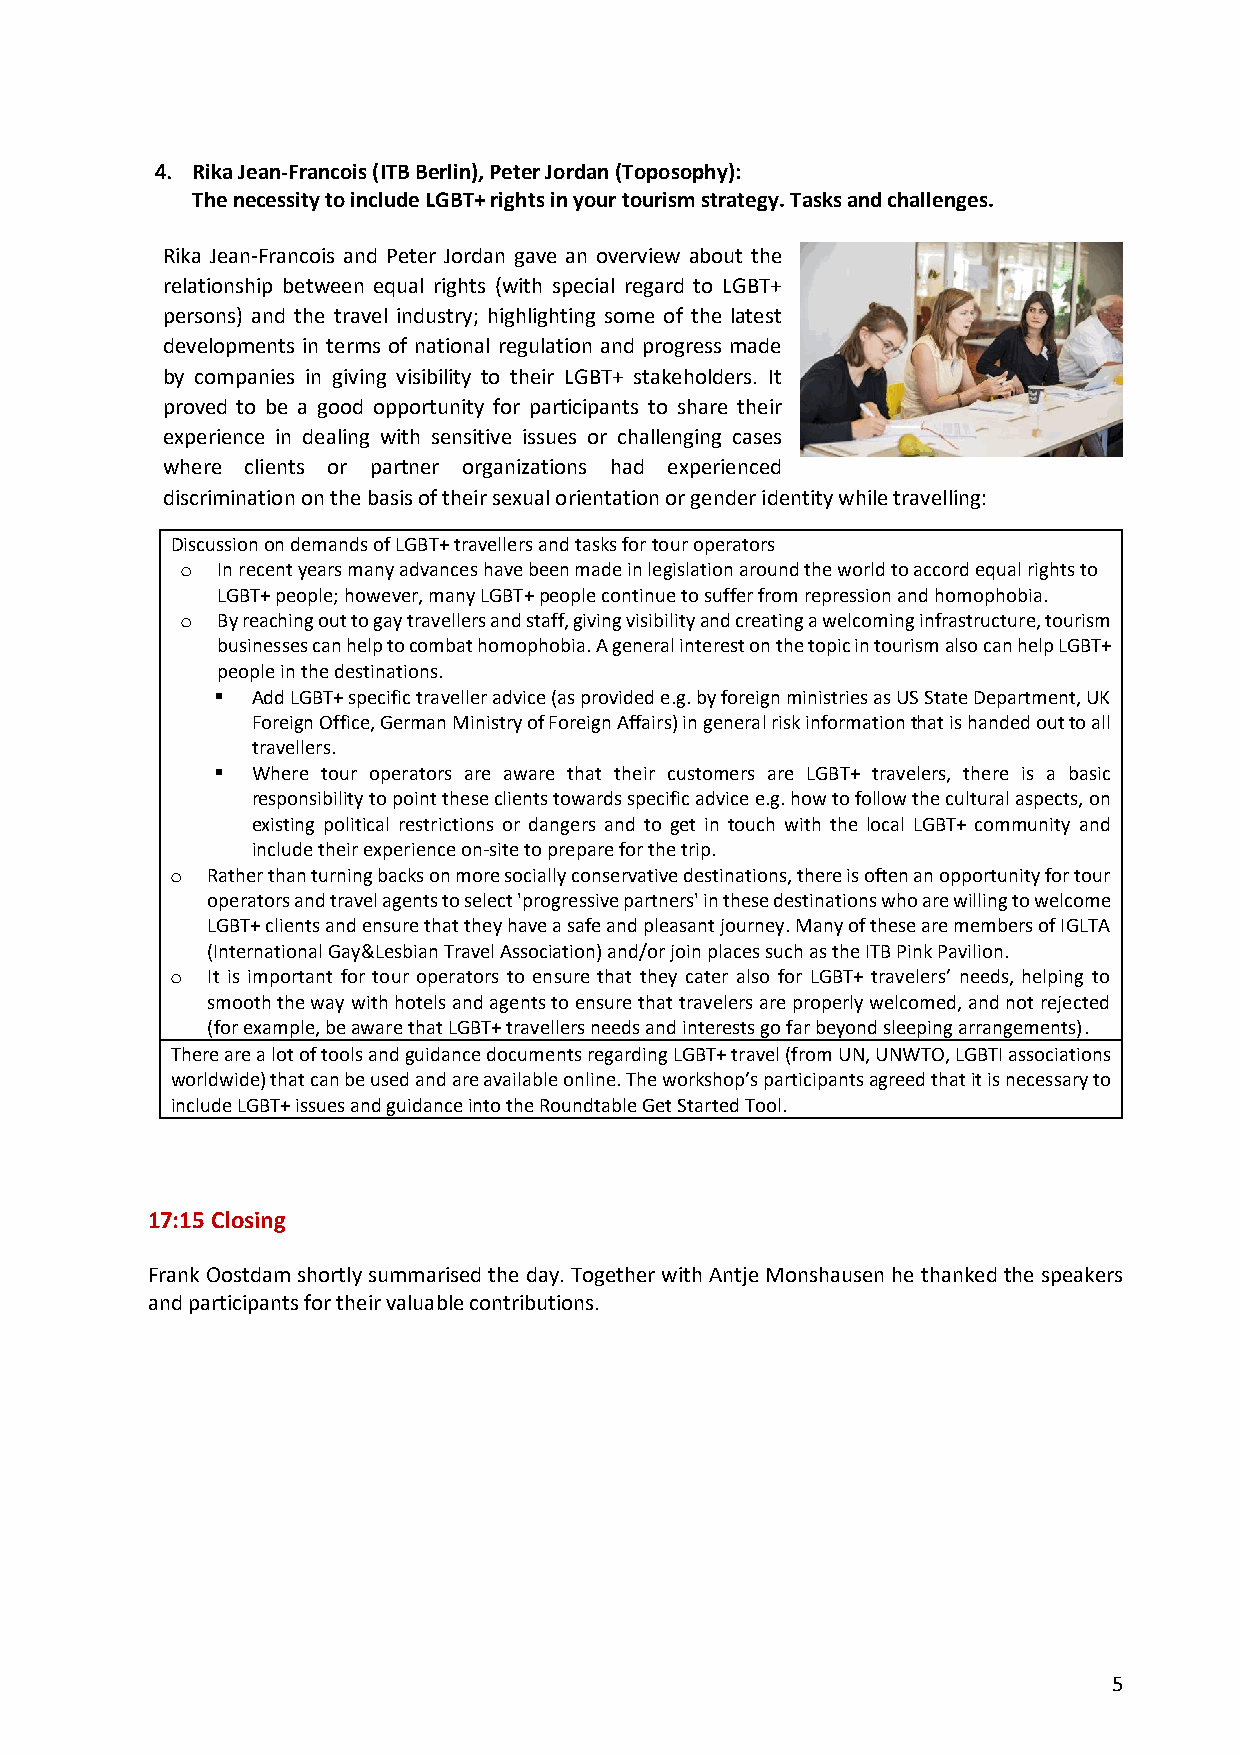
4. Rika Jean-Francois (ITB Berlin), Peter Jordan (Toposophy):
 The necessity to include LGBT+ rights in your tourism strategy. Tasks and challenges.
 Rika Jean-Francois and Peter Jordan gave an overview about the
 relationship between equal rights (with special regard to LGBT+
 persons) and the travel industry; highlighting some of the latest
 developments in terms of national regulation and progress made
 by companies in giving visibility to their LGBT+ stakeholders. It
 proved to be a good opportunity for participants to share their
 experience in dealing with sensitive issues or challenging cases
 where clients or partner organizations had experienced
 discrimination on the basis of their sexual orientation or gender identity while travelling:
 Discussion on demands of LGBT+ travellers and tasks for tour operators
 o In recent years many advances have been made in legislation around the world to accord equal rights to
 LGBT+ people; however, many LGBT+ people continue to suffer from repression and homophobia.
 o By reaching out to gay travellers and staff, giving visibility and creating a welcoming infrastructure, tourism
 businesses can help to combat homophobia. A general interest on the topic in tourism also can help LGBT+
 people in the destinations.
 ▪  Add LGBT+ specific traveller advice (as provided e.g. by foreign ministries as US State Department, UK
 Foreign Office, German Ministry of Foreign Affairs) in general risk information that is handed out to all
 travellers.
 ▪  Where tour operators are aware that their customers are LGBT+ travelers, there is a basic
 responsibility to point these clients towards specific advice e.g. how to follow the cultural aspects, on
 existing political restrictions or dangers and to get in touch with the local LGBT+ community and
 include their experience on-site to prepare for the trip.
 o  Rather than turning backs on more socially conservative destinations, there is often an opportunity for tour
 operators and travel agents to select 'progressive partners' in these destinations who are willing to welcome
 LGBT+ clients and ensure that they have a safe and pleasant journey. Many of these are members of IGLTA
 (International Gay&Lesbian Travel Association) and/or join places such as the ITB Pink Pavilion.
 o  It is important for tour operators to ensure that they cater also for LGBT+ travelers’ needs, helping to
 smooth the way with hotels and agents to ensure that travelers are properly welcomed, and not rejected
 (for example, be aware that LGBT+ travellers needs and interests go far beyond sleeping arrangements).
 There are a lot of tools and guidance documents regarding LGBT+ travel (from UN, UNWTO, LGBTI associations
 worldwide) that can be used and are available online. The workshop’s participants agreed that it is necessary to
 include LGBT+ issues and guidance into the Roundtable Get Started Tool.
 17:15 Closing
 Frank Oostdam shortly summarised the day. Together with Antje Monshausen he thanked the speakers
 and participants for their valuable contributions.
 5